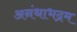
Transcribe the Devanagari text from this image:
अनंथाभद्रम